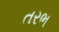
તરભ